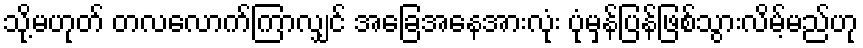
သို့မဟုတ် တလလောက်ကြာလျှင် အခြေအနေအားလုံး ပုံမှန်ပြန်ဖြစ်သွားလိမ့်မည်ဟု